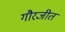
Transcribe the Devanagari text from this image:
गौरजीत